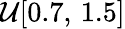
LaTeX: \mathcal{U}[0.7,\, 1.5]